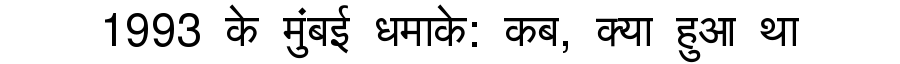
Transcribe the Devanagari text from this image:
1993 के मुंबई धमाके: कब, क्या हुआ था